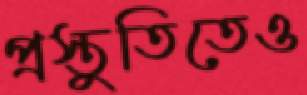
প্রস্তুতিতেও